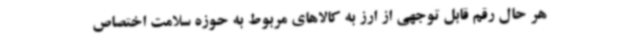
هر حال رقم قابل توجهی از ارز به کالاهای مربوط به حوزه سلامت اختصاص